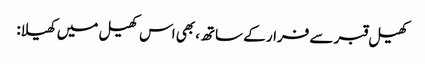
کھیل قبر سے فرار کے ساتھ، بھی اس کھیل میں کھیلا: